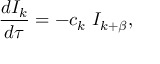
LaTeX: { \frac { d I _ { k } } { d \tau } } = - c _ { k } ~ I _ { k + \beta } ,